Annual administration report of the Civil Veterinary Department of India - 1903-1904
Year: 1903
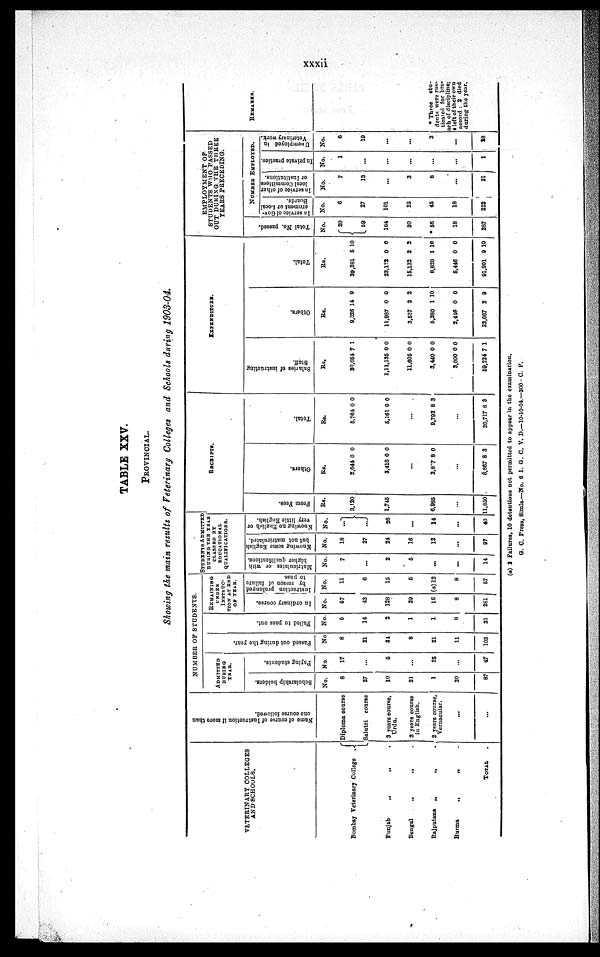
xxxii
TABLE XXV.
PROVINCIAL.
Showing the main results of Veterinary Colleges and Schools during 1903-04.
VETERINARY COLLAGES
AND SCHOOLS.
Bombay Veterinary College
.
Punjab
„
„
Bengal
„
„
Rajputana „
„
Burma
„
„
TOTAL .
Name
of course of Instruction if more than
one course followed.
Diploma course
Salutri course
3 years course,
Urdu.
3 years course
in English.
2 years course,
Vernacular.
...
...
NUMBER OF STUDENTS.
ADMITTED
DURING
YEAR.
Scholarship holders.
No.
8
27
10
21
1
20
87
Paying students.
No.
17
...
5
...
25
...
47
Passed out during the year.
No
8
21
31
8
21
11
103
Fai l
ed to pass out.
No.
6
14
2
1
1
8
31
REMAINING
UNDER
INSTRUC¬
TION AT END
OF YEAR.
In ordinary course.
No.
57
43
128
29
16
8
281
Instruction prolonged
by reason of failure
to pass.
No.
11
6
15
5
(a) 12
8
67
STUDENTS
ADMITTED
DURING THE YEAR
CLASSED BY
EDUCATIONAL
QUALIFICATIONS.
Matriculates or with
higher qualifications.
No.
7
2
5
...
...
14
Knowing some English
but not matriculated.
No.
18
27
24
16
12
...
97
Knowing no English or
very little English.
No.
...
...
26
...
14
...
40
RECEIPTS.
From Fees.
Rs.
3,120
1,745
...
6,985
...
11,850
Ot her s.
Rs.
2,644
3,416
0
0
0
0
...
2,827 8 0
...
8,867 8 3
Total.
Rs.
5,761
6,161
0
0
0
0
...
9,792 8 3
...
20,717 8 3
EXPENDITURE.
Salaries of instructing
Staff.
Rs.
30,054
1,11,135
11,605
3,440
3,000
59,234
7
0
0
0
0
7
1
0
0
0
0
1
Ot her s .
Rs.
9,326
11,987
3,527
5,380
2,446
32,667
14
0
2
1
0
2
9
0
2
10
0
9
Tot al .
Rs.
39,381
23,122
15,132
8,820
5,446
91,901
5
0
2
1
0
9
10
0
2
10
0
10
EMPLOYMENT OF
STUDENTS WHO PASSED
OUT DURING THE THREE
YEARS PRECEDING.
Total No. passed.
No.
20
59
104
30
*
56
18
287
NUMBER
EMPLOYED.
In service of Gov¬
ernment or Local
Boards.
No.
6
27
101
25
45
18
222
In service of other
local Committees
or Institutions.
No.
7
13
...
3
8
...
31
In private practice.
No.
1
...
...
...
...
...
1
Unemployed in
Veterinary work.
No.
6
19
...
...
3
...
28
REMARKS.
* Three
stu-
dents were rus¬
ticated for bre-
ach of discipline;
4 left of their own
accord : 2 died
during the year.
(a) 2 Failures, 10 detentions not permitted to appear in the examination.
G. C. Press, Simla.—No. 6 I. G. C. V. D.—10-10-04.—300-C. P.